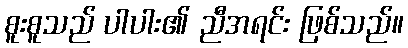
စူးစူသည် ပါပါး၏ ညီအရင်း ဖြစ်သည်။